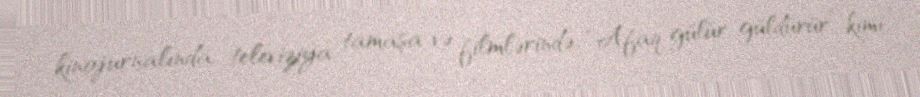
kinojurnalında, televiziya tamaşa və filmlərində, “Afaq gülür, güldürür” kimi